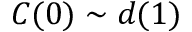
C ( 0 ) \sim d ( 1 )